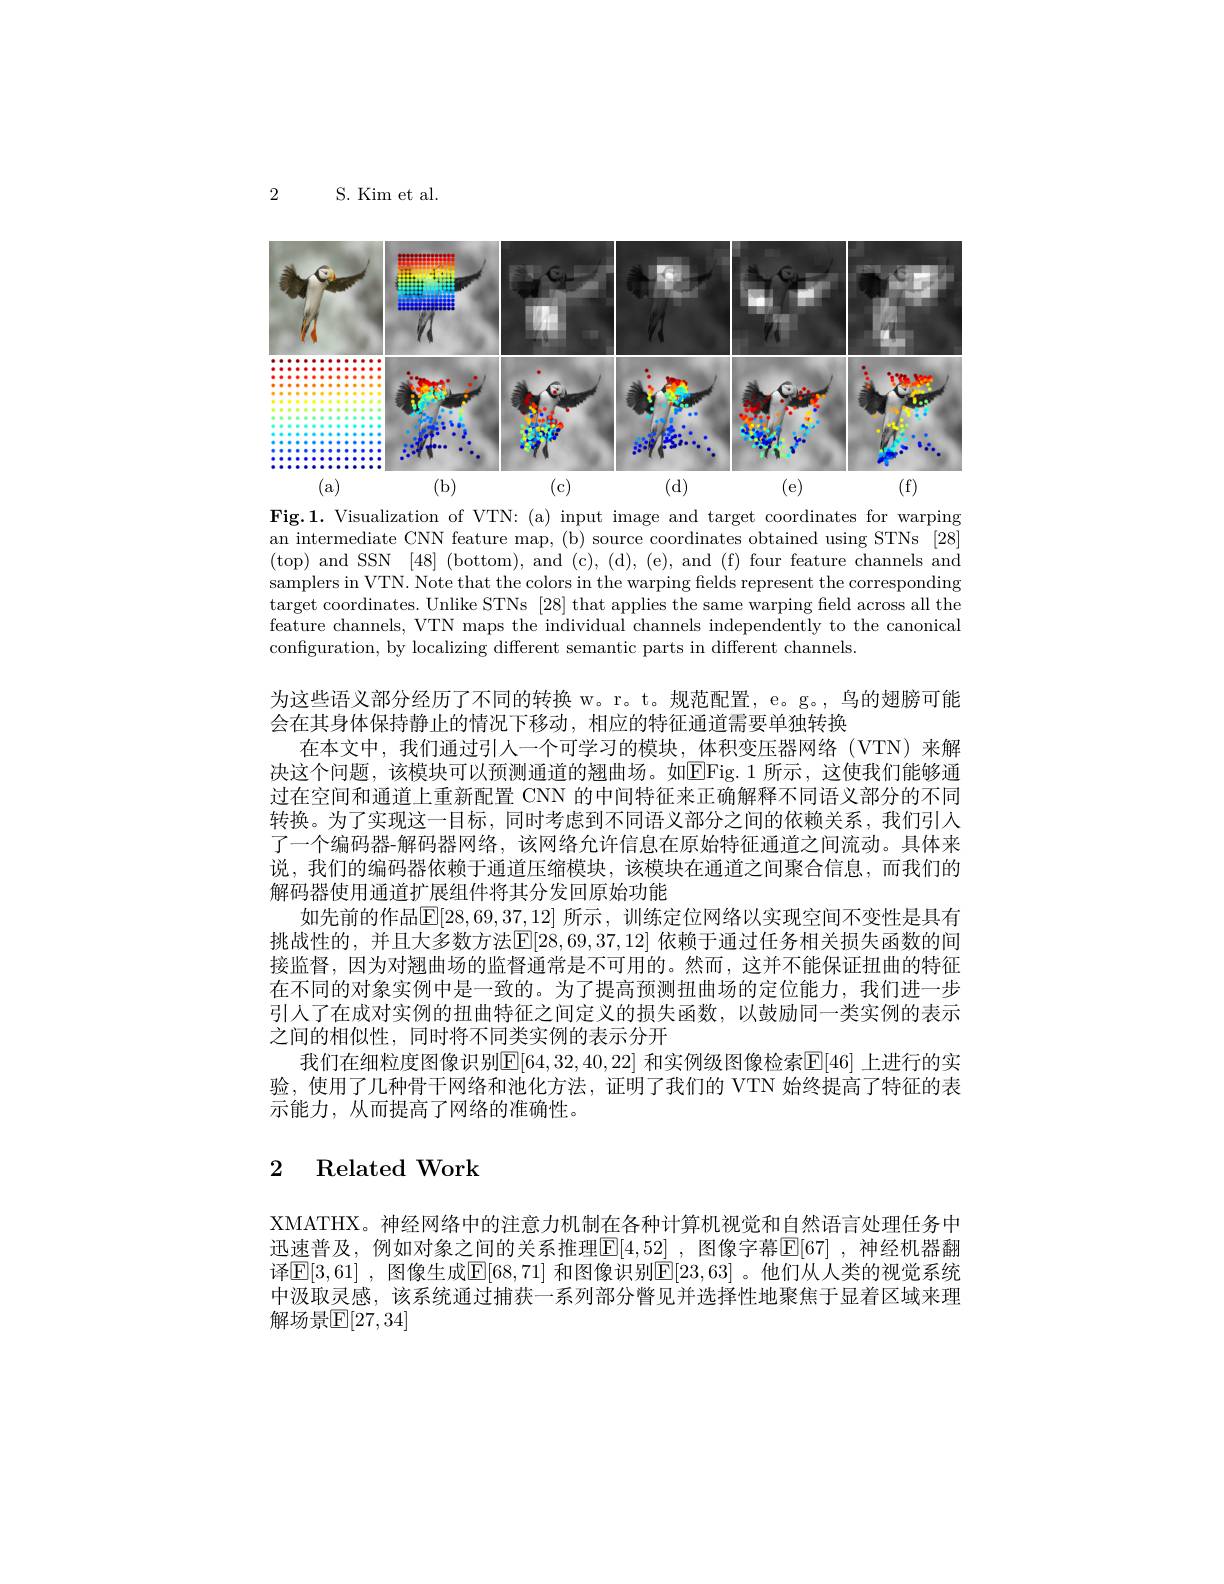
2

S. Kim et al.

<FigureHere>

Fig.1. Visualization of VTN: (a) input image and target coordinates for warping an intermediate CNN feature map, (b) source coordinates obtained using STNs [28] (top) and SSN [48] (bottom), and (c), (d), (e), and (f) four feature channels and samplers in VTN. Note that the colors in the warping fields represent the corresponding target coordinates. Unlike STNs [28] that applies the same warping field across all the feature channels, VTN maps the individual channels independently to the canonical configuration, by localizing different semantic parts in different channels
为这些语义部分经历了不同的转换 w。r。t。规范配置，e。g。, 鸟的翅膀可能
会在其身体保持静止的情况下移动，相应的特征通道需要单独转换
在本文中，我们通过引人一个可学习的模块，体积变压器网络(VTN)来解决这个问题，该模块可以预测通道的翘曲场。如EFig. 1 所示，这使我们能够通过在空间和通道上重新配置 CNN 的中间特征来正确解释不同语义部分的不同转换。为了实现这一目标，同时考虑到不同语义部分之间的依赖关系，我们引入了一个编码器-解码器网络，该网络允许信息在原始特征通道之间流动。具体来说，我们的编码器依赖于通道压缩模块，该模块在通道之间聚合信息，而我们的解码器使用通道扩展组件将其分发回原始功能
如先前的作品[E[28,69,37,12] 所示，训练定位网络以实现空间不变性是具有挑战性的，并且大多数方法$\overline[28,69,37,12]$ 依赖于通过任务相关损失函数的间接监督，因为对翘曲场的监督通常是不可用的。然而，这并不能保证扭曲的特征在不同的对象实例中是一致的。为了提高预测扭曲场的定位能力，我们进一步引人了在成对实例的扭曲特征之间定义的损失函数，以鼓励同一类实例的表示之间的相似性，同时将不同类实例的表示分开
我们在细粒度图像识别$\mathbb{E}[64,32,40,22]$ 和实例级图像检索$\mathbb{E}[46]$ 上进行的实验，使用了几种骨干网络和池化方法，证明了我们的 VTN 始终提高了特征的表示能力，从而提高了网络的准确性。

# 2 Related Work

XMATHX。神经网络中的注意力机制在各种计算机视觉和自然语言处理任务中迅速普及，例如对象之间的关系推理E[4,52] ,图像字幕E[67] ,神经机器翻译$\mathbb{E}[3,61]$ ,图像生成$\mathbb{E}[68,71]$ 和图像识别$\mathbb{E}[23,63]$ 。他们从人类的视觉系统中汲取灵感，该系统通过捕获一系列部分瞥见并选择性地聚焦于显着区域来理解场景$\mathbb{E}[27,34]$